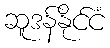
ဆူဒန်နိုင်ငံ